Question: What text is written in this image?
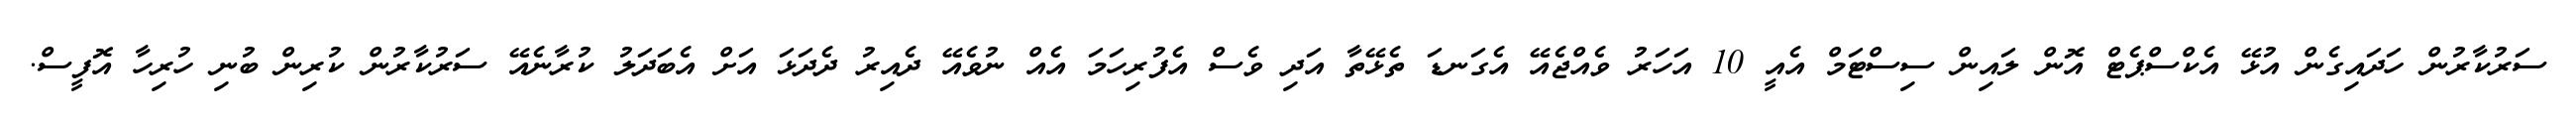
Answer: ސަރުކާރުން ހަދައިގެން އުޅޭ އެކްސްޕެޓް އޮން ލައިން ސިސްޓަމް އެއީ 10 އަހަރު ވެއްޖެއޭ އެގަނޑަ ތެޅޭތާ އަދި ވެސް އެފުރިހަމަ އެއް ނުވެއޭ ދެއިރު ދެދަޅަ އަށް އެބަދަލު ކުރާނެއޭ ސަރުކާރުން ކުރިން ބުނި ހުރިހާ އޮފީސް.